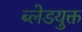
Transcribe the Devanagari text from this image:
ब्लेडयुक्त